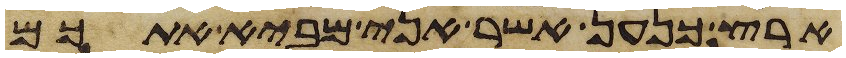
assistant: ארץ כנען אשר אני מביא אתכם